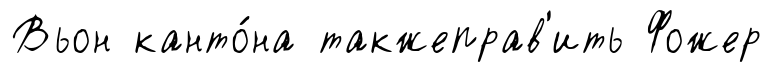
Вьон канто́на такжеправ'ить Фожер